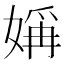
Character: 㛵